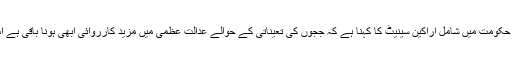
ان بیانات کے بعد اپوزیشن جماعتوں کے اراکین نے واک آؤٹ کیا جب کہ حکومت میں شامل اراکین سینیٹ کا کہنا ہے کہ ججوں کی تعیناتی کے حوالے عدالت عظمیٰ میں مزید کارروائی ابھی ہونا باقی ہے اس لیے اس معاملے پر کسی طرح کی بیان بازی سے اجتناب کرناچاہیئے۔